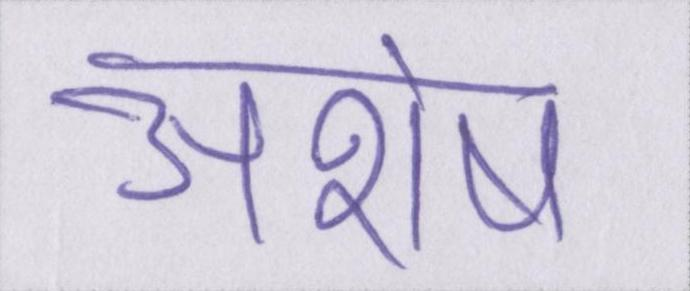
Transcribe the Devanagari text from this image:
अशेष